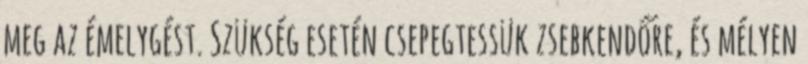
meg az émelygést. Szükség esetén csepegtessük zsebkendőre, és mélyen